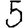
Digit: 5